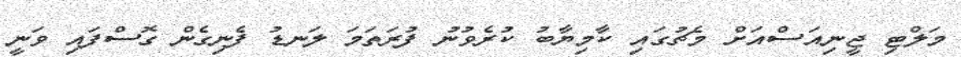
މަލްޓި ޖީނިއަސްއަށް މެޗުގައި ކާމިޔާބު ކުރެވުނު ފުރަތަމަ ލަނޑު ފެނިގެން ގޮސްފައި ވަނީ